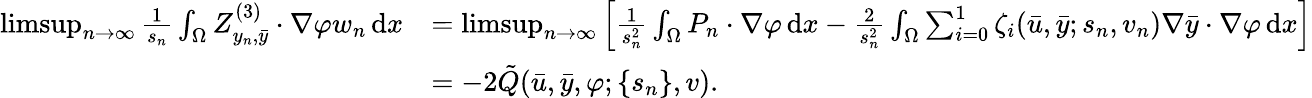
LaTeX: \begin{array}{rl}{\operatorname*{limsup}_{n\to\infty}\frac{1}{s_{n}}\int_{\Omega}Z_{y_{n},\bar{y}}^{(3)}\cdot\nabla\varphi w_{n}\, \mathrm{d}x}&{=\operatorname*{limsup}_{n\to\infty}\left[\frac{1}{s_{n}^{2}}\int_{\Omega}P_{n}\cdot\nabla\varphi\, \mathrm{d}x-\frac{2}{s_{n}^{2}}\int_{\Omega}\sum_{i=0}^{1}\zeta_{i}(\bar{u},\bar{y};s_{n},v_{n})\nabla\bar{y}\cdot\nabla\varphi\, \mathrm{d}x\right]}\\ &{=-2\tilde{Q}(\bar{u},\bar{y},\varphi;\{ s_{n}\} ,v).}\end{array}